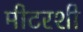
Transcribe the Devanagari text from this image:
मीटरशी